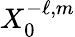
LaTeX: X_{0}^{-\ell,m}